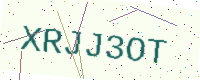
Text: XRJJ3OT